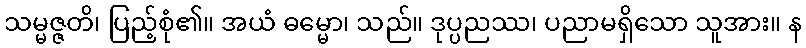
သမ္မဇ္ဇတိ၊ ပြည့်စုံ၏။ အယံ ဓမ္မော၊ သည်။ ဒုပ္ပညဿ၊ ပညာမရှိသော သူအား။ န